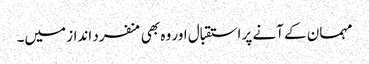
مہمان کے آنے پر استقبال اور وہ بھی منفرد انداز میں۔